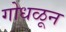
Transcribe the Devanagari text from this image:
गोधळून